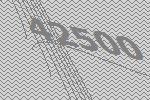
42500